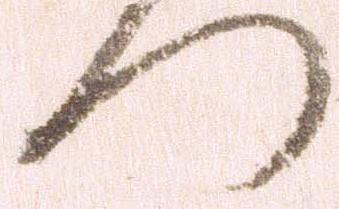
つ